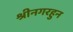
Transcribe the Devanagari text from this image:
श्रीनगरहुन